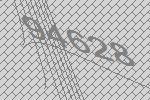
94628